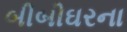
બીબીઘરના